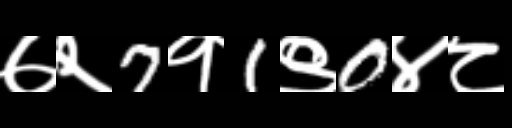
Text: ७२7१1९0४८